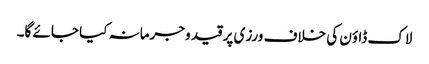
لاک ڈاؤن کی خلاف ورزی پر قید وجرمانہ کیا جائے گا۔